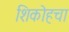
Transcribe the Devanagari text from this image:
शिकोहचा